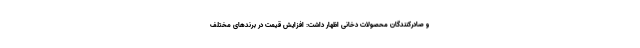
و صادرکنندگان محصولات دخانی اظهار داشت: افزایش قیمت در برندهای مختلف